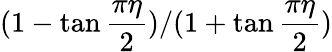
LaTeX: (1-\tan\frac{\pi\eta}{2})/(1+\tan\frac{\pi\eta}{2})